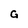
Character: G